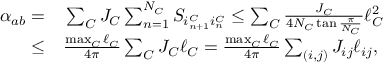
\begin{array} { r l } { \alpha _ { a b } = } & { { } \sum _ { C } J _ { C } \sum _ { n = 1 } ^ { N _ { C } } S _ { i _ { n + 1 } ^ { C } i _ { n } ^ { C } } \leq \sum _ { C } \frac { J _ { C } } { 4 N _ { C } \tan \frac { \pi } { N _ { C } } } \ell _ { C } ^ { 2 } } \\ { \leq } & { { } \frac { \operatorname* { m a x } _ { C } \ell _ { C } } { 4 \pi } \sum _ { C } J _ { C } \ell _ { C } = \frac { \operatorname* { m a x } _ { C } \ell _ { C } } { 4 \pi } \sum _ { ( i , j ) } J _ { i j } \ell _ { i j } , } \end{array}